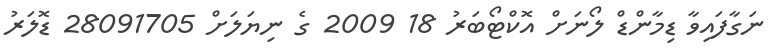
ނަގާފައިވާ ޑިމާންޑް ލޯނަށް އޮކްޓޯބަރު 18 2009 ގެ ނިޔަލަށް 28091705 ޑޮލަރު